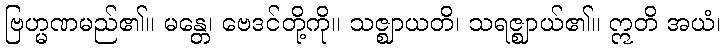
ဗြဟ္မဏမည်၏။ မန္တေ၊ ဗေဒင်တို့ကို။ သဇ္ဈာယတိ၊ သရဇ္ဈာယ်၏။ ဣတိ အယံ၊